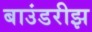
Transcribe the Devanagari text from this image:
बाउंडरीझ